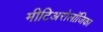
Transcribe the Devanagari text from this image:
मीटिअरोलॉजिका